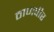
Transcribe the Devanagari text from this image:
ठाणपीर